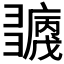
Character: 𢑶